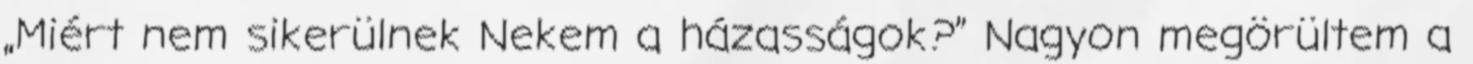
„Miért nem sikerülnek Nekem a házasságok?” Nagyon megörültem a